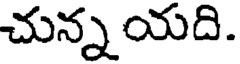
చున్న యది.